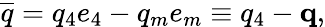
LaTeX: \overline{{{q}}}=q_{4}e_{4}-q_{m}e_{m}\equiv q_{4}-\mathbf{q},